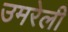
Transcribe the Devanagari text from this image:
उमरेली